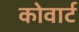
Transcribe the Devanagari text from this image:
कोवार्ट